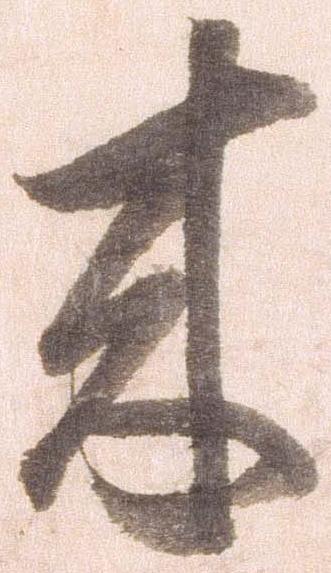
来